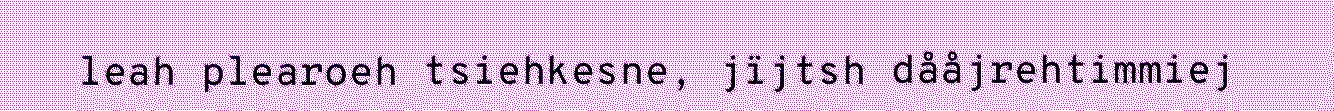
leah plearoeh tsiehkesne, jïjtsh dååjrehtimmiej